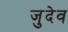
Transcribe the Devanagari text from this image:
जुदेव